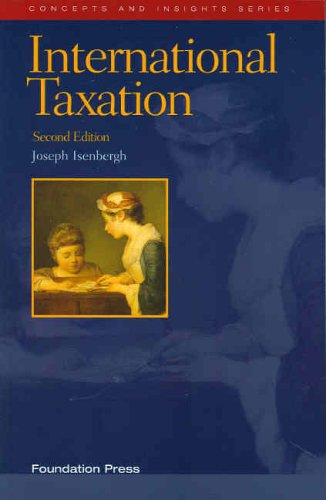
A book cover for International Taxation (Concepts & Insights); Joseph Isenbergh; Law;